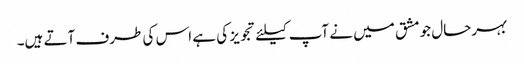
بہرحال جو مشق میں نے آپ کیلئے تجویز کی ہے اس کی طرف آتے ہیں۔